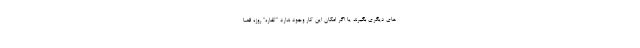
های دیگری بگیرند یا اگر امکان این کار وجود ندارد “کفاره” روزه قضا